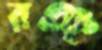
রঞ্